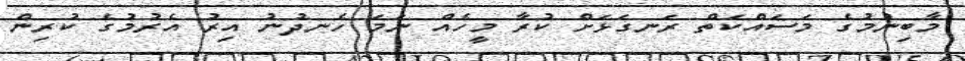
މާބިނުމުގެ މަސައްކަތް ރަނގަޅަށް ކުރާ މީހެއް ނަމަ ހެނދުނު އިރު އެރުމުގެ ކުރިން